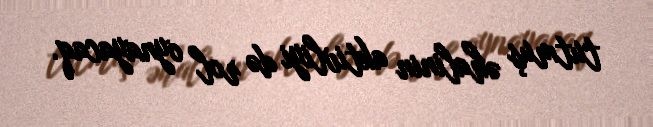
tutmuş əhalinin aktivliyi də rol oynayacaq.